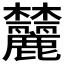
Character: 𬅛